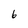
Character: 6